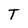
Character: T